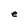
Character: e